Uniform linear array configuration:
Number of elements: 12
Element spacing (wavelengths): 1
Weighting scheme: cosine
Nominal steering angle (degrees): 45
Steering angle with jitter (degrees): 46.427
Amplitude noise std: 0.05
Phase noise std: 0.05

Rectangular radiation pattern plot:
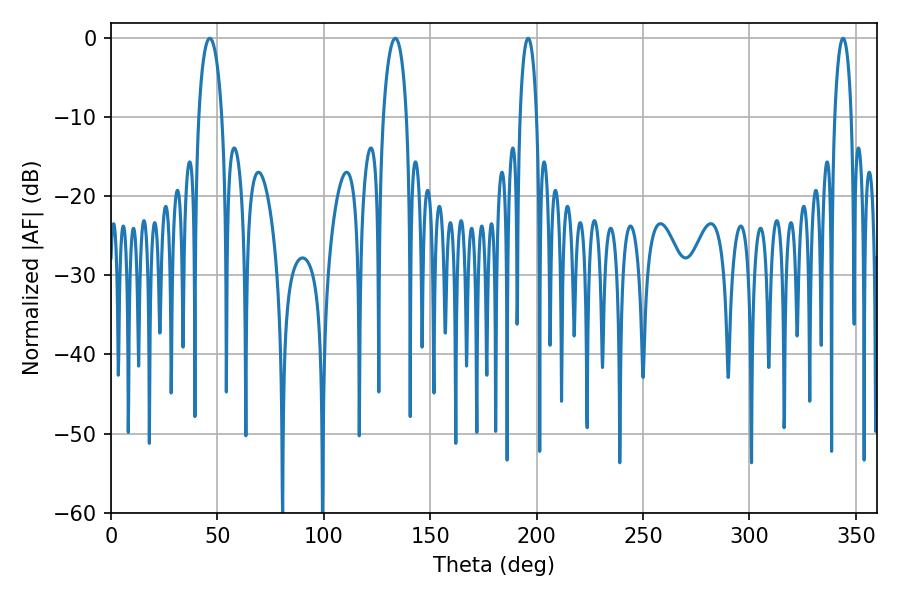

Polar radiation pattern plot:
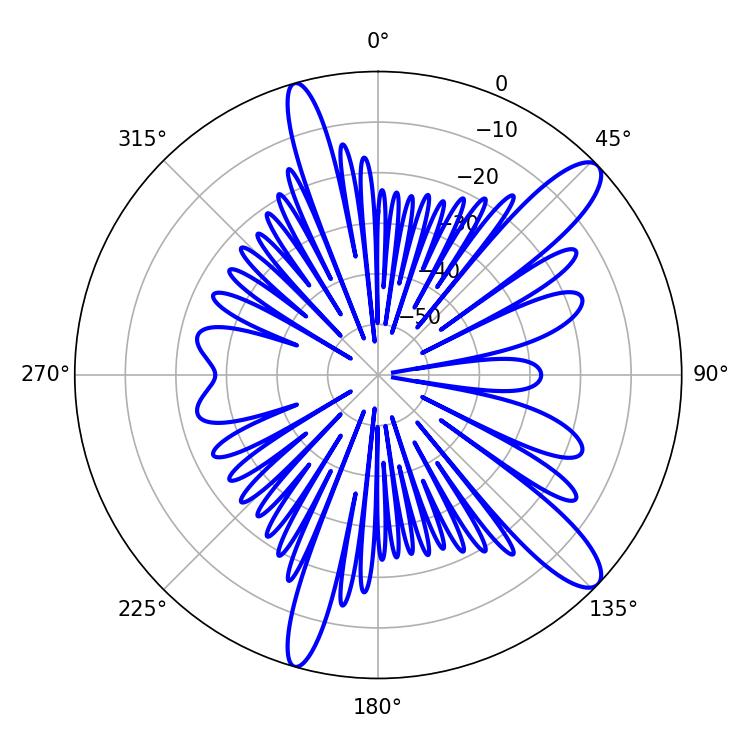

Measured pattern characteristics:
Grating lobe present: TRUE
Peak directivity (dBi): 11.93
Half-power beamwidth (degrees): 4.32
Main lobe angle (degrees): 196.02